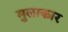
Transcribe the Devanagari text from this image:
मुलाकार